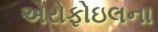
એરોફોઇલના